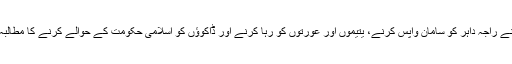
اس نے راجہ داہر کو سامان واپس کرنے، یتیموں اور عورتوں کو رہا کرنے اور ڈاکوؤں کو اسلامی حکومت کے حوالے کرنے کا مطالبہ کیا۔